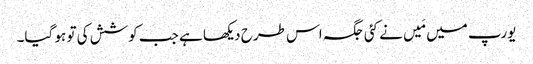
یورپ میں مَیں نے کئی جگہ اس طرح دیکھا ہے جب کوشش کی تو ہو گیا۔